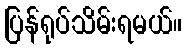
ပြန်ရုပ်သိမ်းရမယ်။